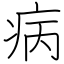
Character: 病